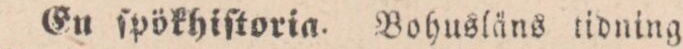
>En ſpökhiſtoria. Bohusläns tidning